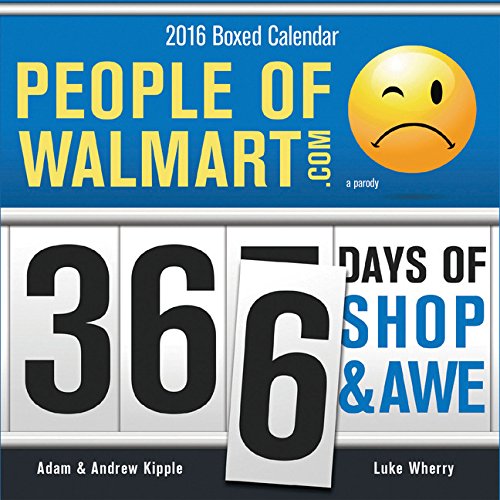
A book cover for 2016 People of Walmart Boxed Calendar: 366 Days of Shop and Awe; Adam Kipple; Calendars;